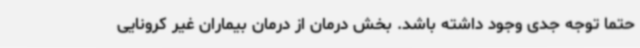
حتماً توجه جدی وجود داشته باشد. بخش درمان از درمان بیماران غیر کرونایی